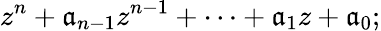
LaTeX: z^{n}+\mathfrak{a}_{n-1}z^{n-1}+\cdots+\mathfrak{a}_{1}z+\mathfrak{a}_{0};